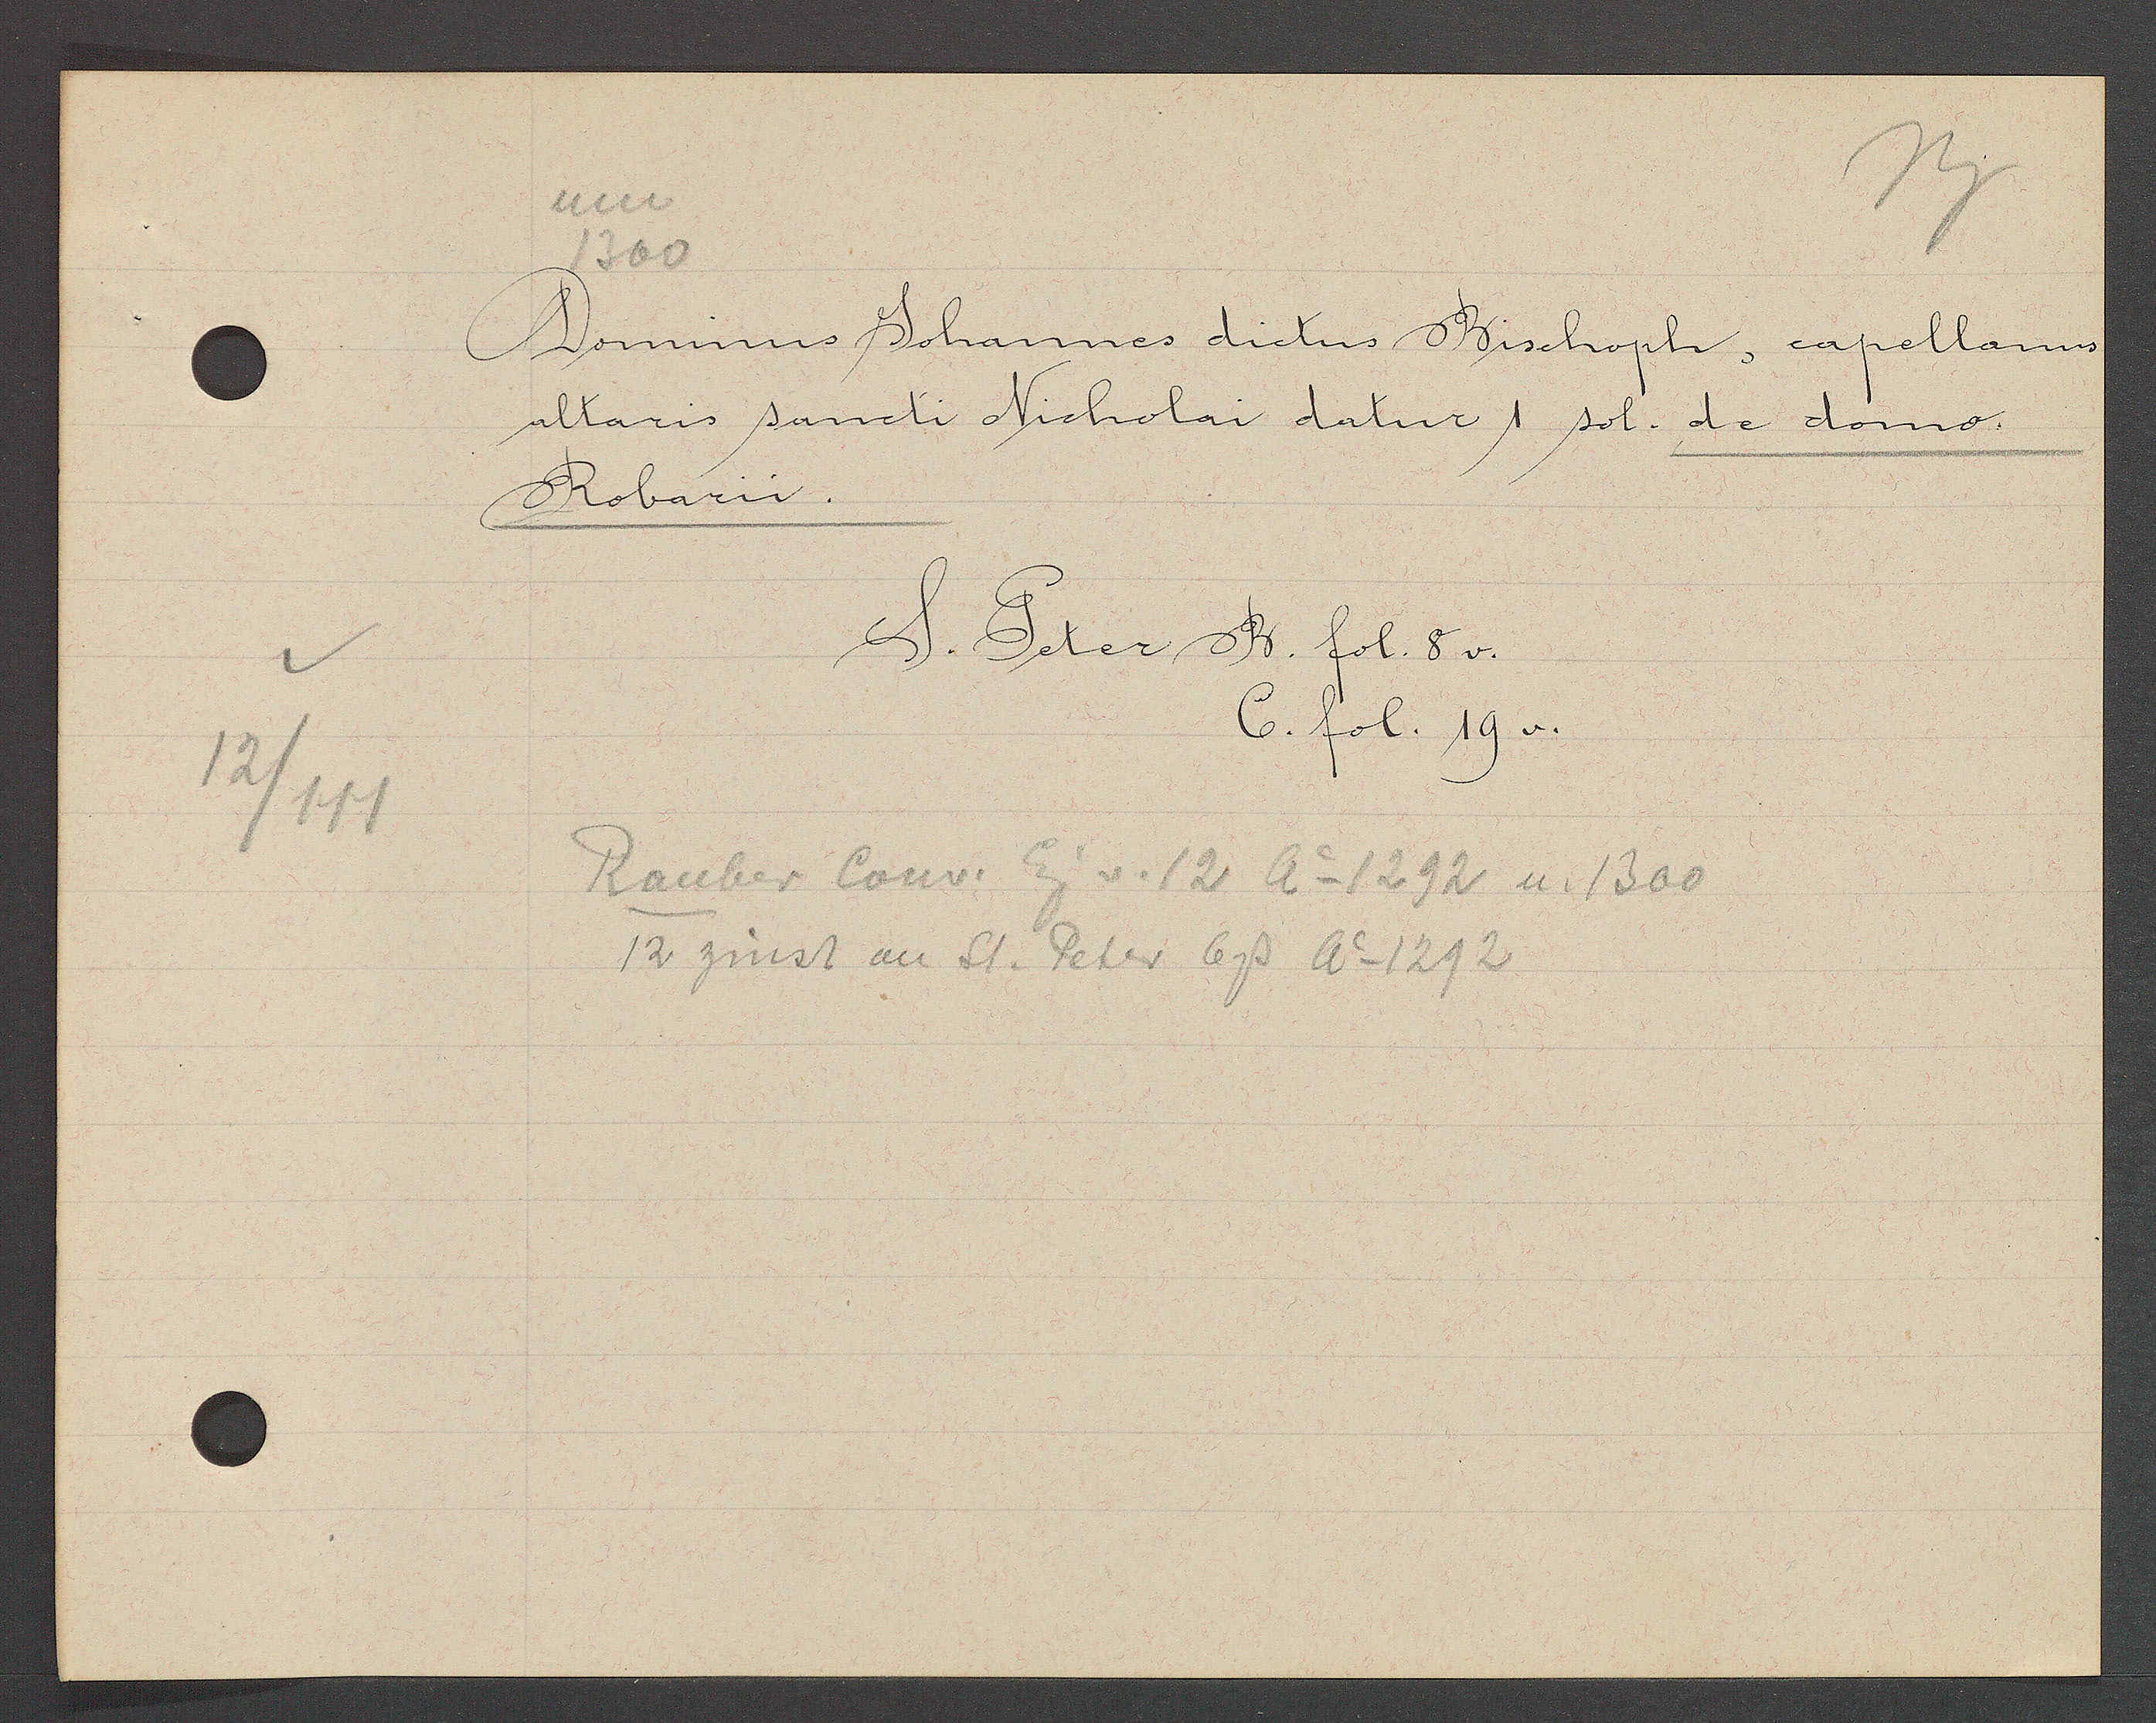
Transcript:
12/111

um
1300

Dominus Johannes dictus Bischoph, capellanus
altaris sancti Nicholai datur 1 sol. de domo.
Robarii.

S. Peter B. fol. 8v.
6. fol. 19v.

Rauber Conv Eig v. 12 Ao 1292 u. 1300
12 zinst an St. Peter 6ß Ao 1292